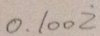
0 . 1 0 0 \dot { 2 }